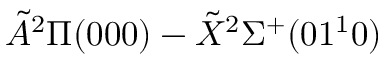
\tilde { A } ^ { 2 } \Pi ( 0 0 0 ) - \tilde { X } ^ { 2 } \Sigma ^ { + } ( 0 1 ^ { 1 } 0 )